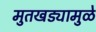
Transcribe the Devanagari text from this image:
मुतखड्यामुळे